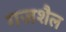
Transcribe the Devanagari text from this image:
गजशैल